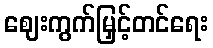
ဈေးကွက်မြှင့်တင်ရေး